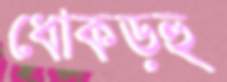
ধোকড়হু